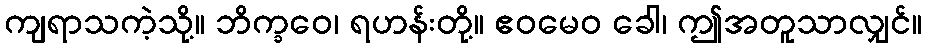
ကျရာသကဲ့သို့။ ဘိက္ခဝေ၊ ရဟန်းတို့။ ဧဝမေဝ ခေါ၊ ဤအတူသာလျှင်။